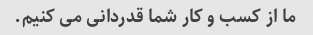
ما از کسب و کار شما قدردانی می کنیم.